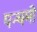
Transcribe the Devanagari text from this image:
पन्चमी